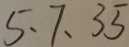
5 、 7 、 3 5